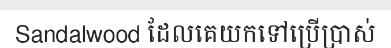
Sandalwood ដែលគេយកទៅប្រើប្រាស់